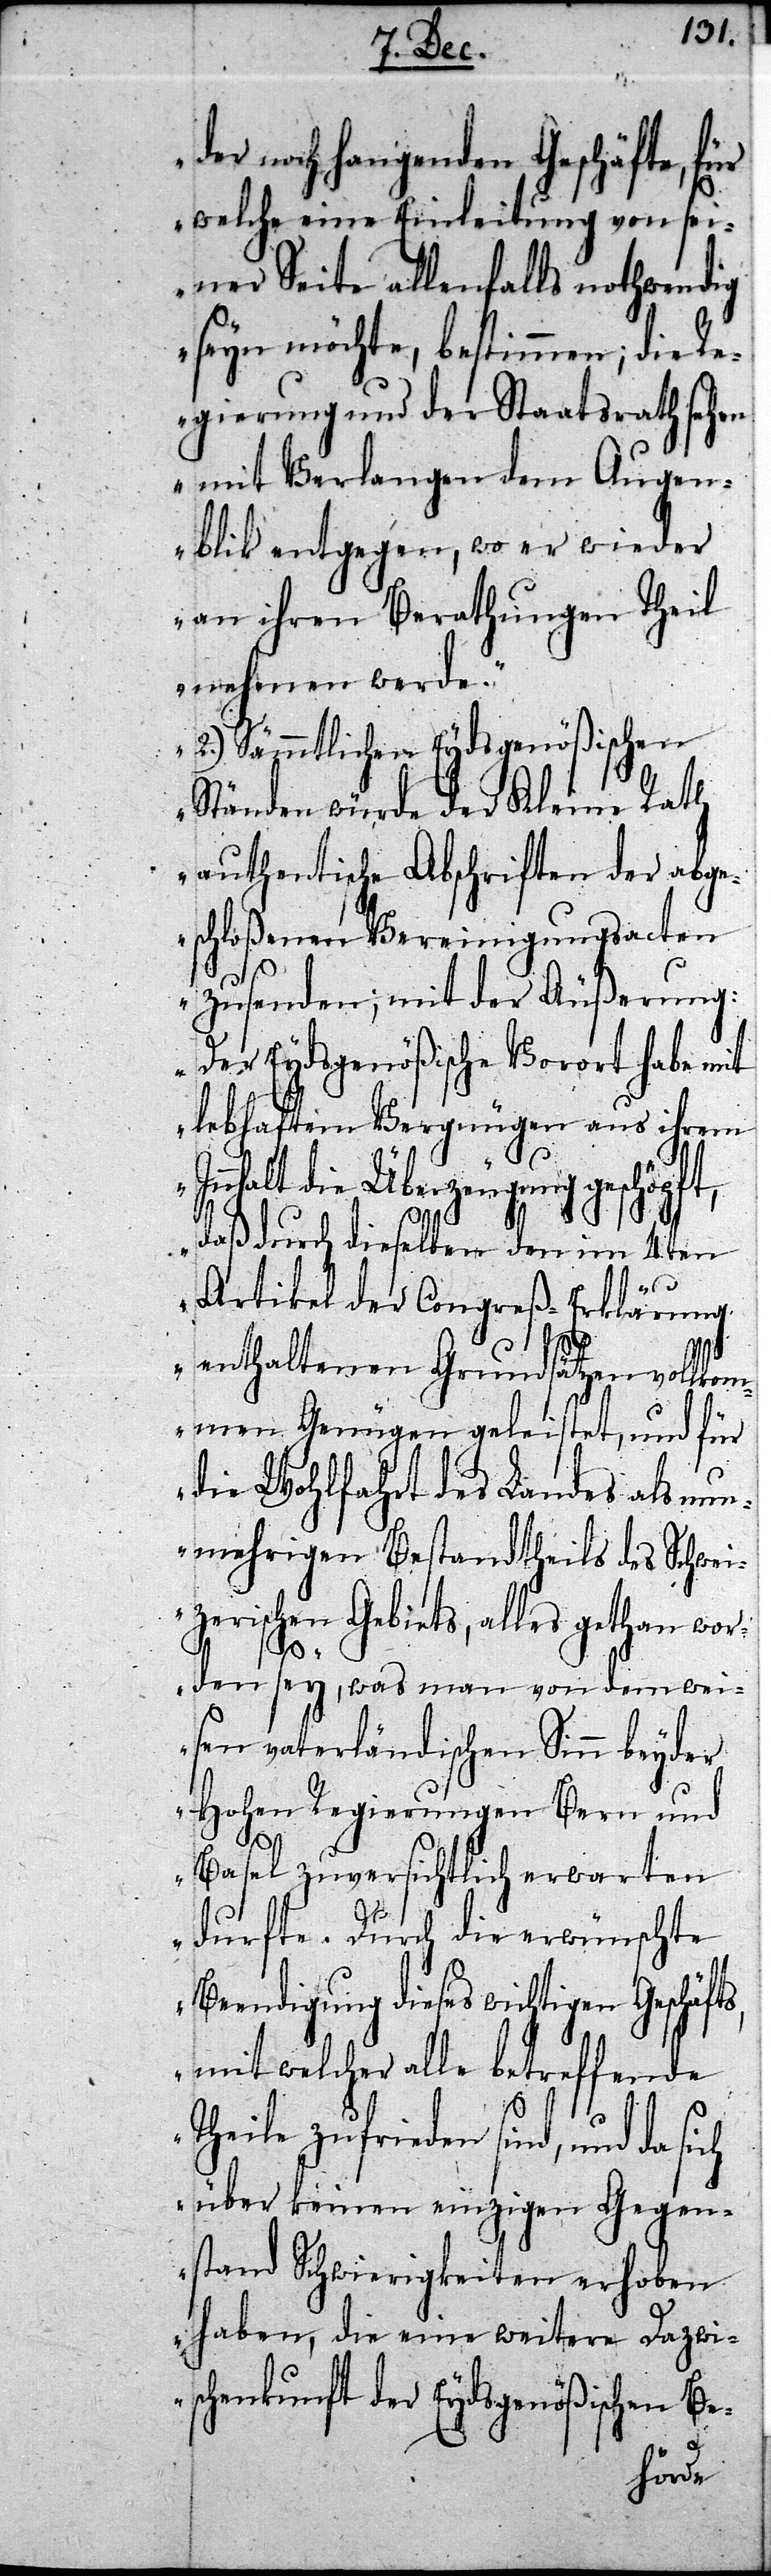
der noch hangenden Geschäfte, für
welche eine Einleitung von sei¬
ner Seite allenfalls nothwendig
seyn möchte, bestimmen; die R¬
egierung und der Staatsrath sehen
mit Verlangen dem Augen¬
blik entgegen, wo er wieder
an ihren Berathungen Theil
nehmen werde.
2.) Sämmtlichen Eydsgenößischen
Ständen würde der Kleine Rath
authentische Abschriften der abg¬
eschloßenen Vereinigungsacten
zusenden; mit der Äußerung:
Der Eydsgenößische Vorort habe mit
lebhaftem Vergnügen aus ihrem
Innhalt die Überzeugung geschöpf¬
4ten
Artikel der Congreß-Erklärung
durch
ts,
enthaltenen Grundsätzen vollkom¬
men Genügen geleistet, und für
die Wohlfahrt des Landes als nun¬
mehrigen Bestandtheils des Schwei¬
zerischen Gebiets, alles gethan wor¬
den sey, was man von dem wei¬
sen vaterländischen Sinn beyder
Hohen Regierungen Bern und
Basel zuversichtlich erwarten
durfte. Durch die erwünschte
Beendigung dieses wichtigen Geschäf¬
mit welcher alle betreffende
t,
Theile zufrieden sind, und da sich
über keinen einzigen Gegen¬
stand Schwierigkeiten erhoben
haben, die eine weitere Dazwi¬
schenkunft der Eydsgenößischen Be-